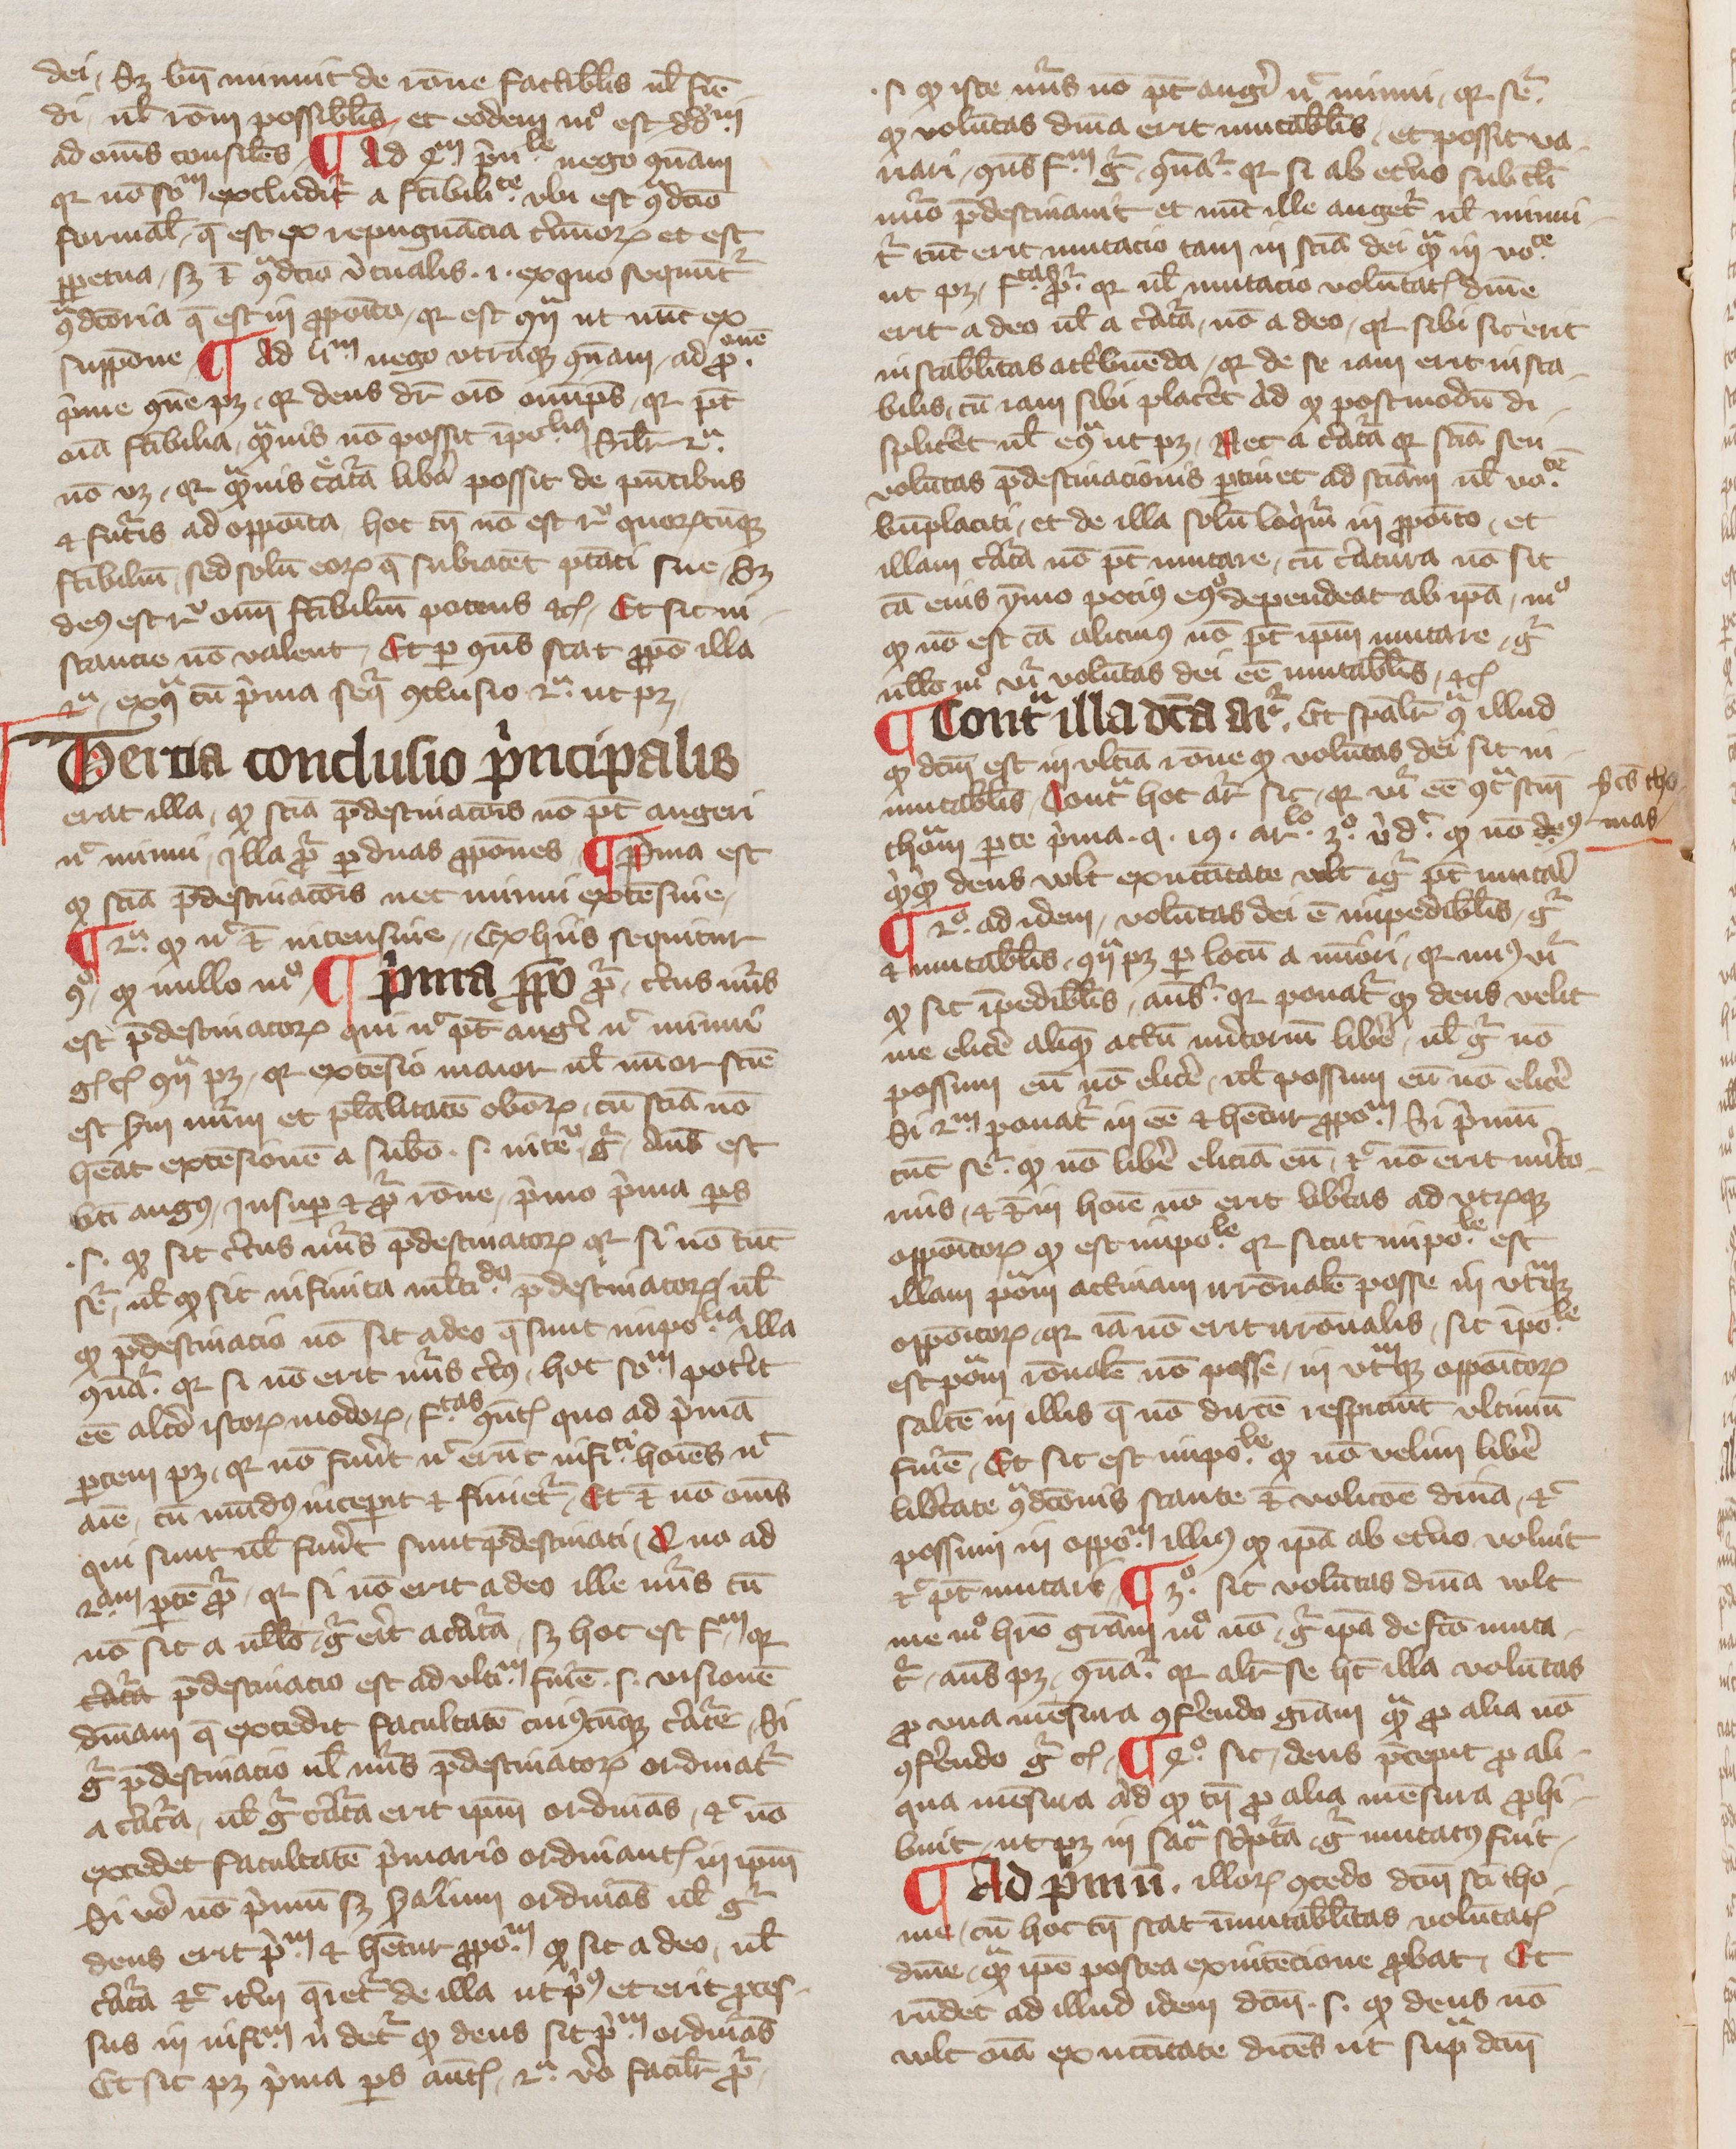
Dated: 1350–1399